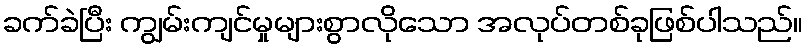
ခက်ခဲပြီး ကျွမ်းကျင်မှုများစွာလိုသော အလုပ်တစ်ခုဖြစ်ပါသည်။